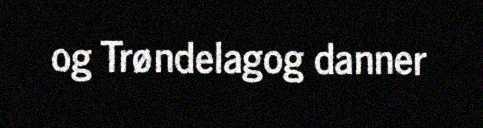
og Trøndelagog danner